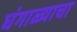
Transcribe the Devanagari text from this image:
घंगाळ्याचा